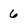
Character: 6